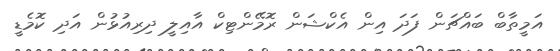
އަމީތާބް ބައްޗަން ފަދަ އިން އެކްޝަން ރޮމޭންޓިކް އާއިލީ ދިރިއުޅުން އަދި ކޮމެޑީ